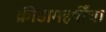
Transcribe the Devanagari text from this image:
क्रीडामहर्षींचा